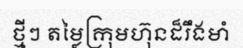
ថ្មីៗ តម្លៃក្រុមហ៊ុនដ៏រឹងមាំ